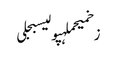
زخمیحملہپولیسبجلی